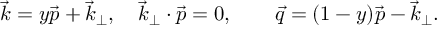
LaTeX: \vec { k } = y \vec { p } + { \vec { k } _ { \perp } } , \quad { \vec { k } _ { \perp } } \cdot \vec { p } = 0 , \qquad \vec { q } = ( 1 - y ) \vec { p } - { \vec { k } _ { \perp } } .